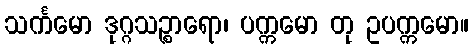
သင်္ကမော ဒုဂ္ဂသဉ္စာရော၊ ပက္ကမော တု ဥပက္ကမော။